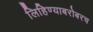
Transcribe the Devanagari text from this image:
लिहिण्याबरोबरच